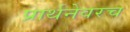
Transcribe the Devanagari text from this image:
प्रार्थनेवरच